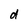
Character: d